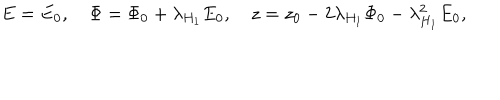
LaTeX: E = E _ { 0 } , \quad \Phi = \Phi _ { 0 } + \lambda _ { H _ { 1 } } E _ { 0 } , \quad z = z _ { 0 } - 2 \lambda _ { H _ { 1 } } \Phi _ { 0 } - \lambda _ { H _ { 1 } } ^ { 2 } E _ { 0 } ,